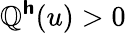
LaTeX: \mathbb{Q}^{\boldsymbol{\mathsf{{h}}}}(u)>0